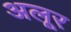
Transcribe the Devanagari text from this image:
अलूर